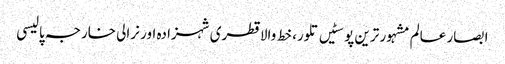
ابصار عالم	مشہور ترین پوسٹیں	تلور، خط والا قطری شہزادہ اور نرالی خارجہ پالیسی